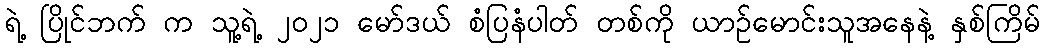
ရဲ့ ပြိုင်ဘက် က သူ့ရဲ့ ၂၀၂၁ မော်ဒယ် စံပြနံပါတ် တစ်ကို ယာဉ်မောင်းသူအနေနဲ့ နှစ်ကြိမ်